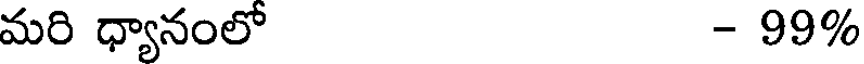
మరి ధ్యానంలో - 99%